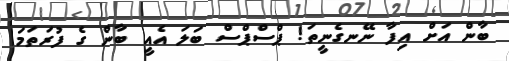
ބާން އަށް އިފާ ނޭނގެނީތަ! ޕްސްޕްސް ބަލަ އެއީ ބާން ގެ ފުރަތަމަ